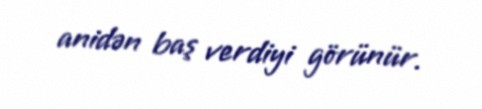
anidən baş verdiyi görünür.